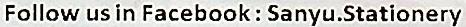
FOLLOW US IN FACEBOOK : SANYU.STATIONERY